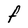
Character: F